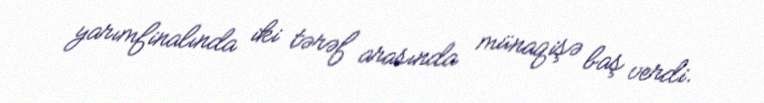
yarımfinalında iki tərəf arasında münaqişə baş verdi.